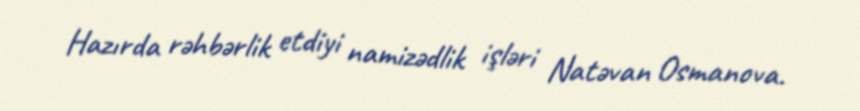
Hazırda rəhbərlik etdiyi namizədlik işləri Natəvan Osmanova.